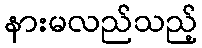
နားမလည်သည့်